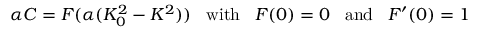
\alpha { \cal C } = { \cal F } ( \alpha ( K _ { 0 } ^ { 2 } - K ^ { 2 } ) ) \; \; \; \mathrm { w i t h } \; \; \; { \cal F } ( 0 ) = 0 \; \; \; \mathrm { a n d } \; \; \; { \cal F } ^ { \prime } ( 0 ) = 1